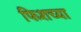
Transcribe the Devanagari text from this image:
फिशच्या